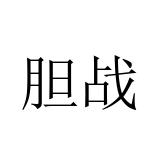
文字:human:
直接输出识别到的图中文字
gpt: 胆战